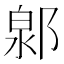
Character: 𨜩